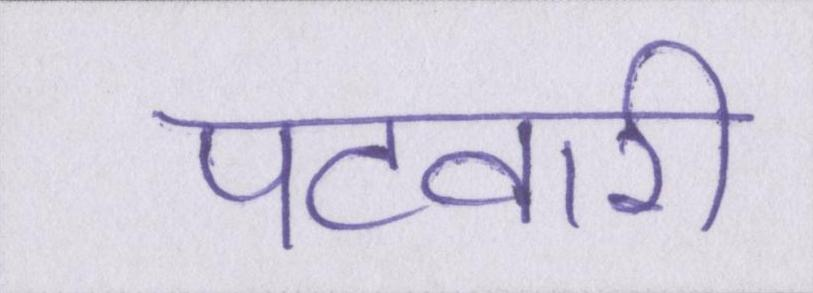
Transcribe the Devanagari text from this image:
पटवारी